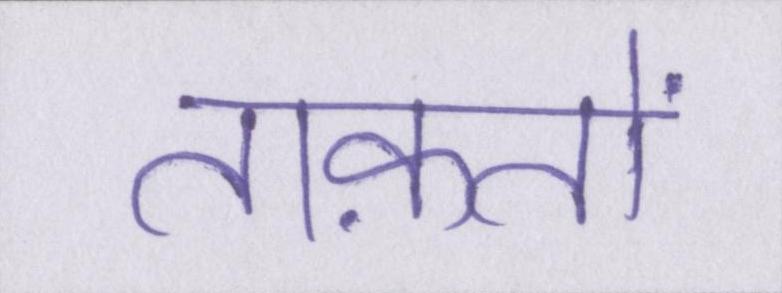
ताक़तों